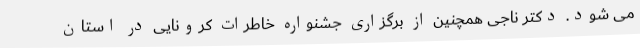
می شود. دکتر ناجی همچنین از برگزاری جشنواره خاطرات کرونایی در استان